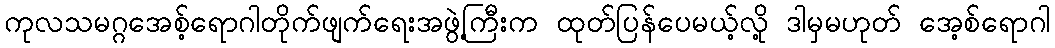
ကုလသမဂ္ဂအေစ့်ရောဂါတိုက်ဖျက်ရေးအဖွဲ့ကြီးက ထုတ်ပြန်ပေမယ့်လို့ ဒါမှမဟုတ် အေ့စ်ရောဂါ